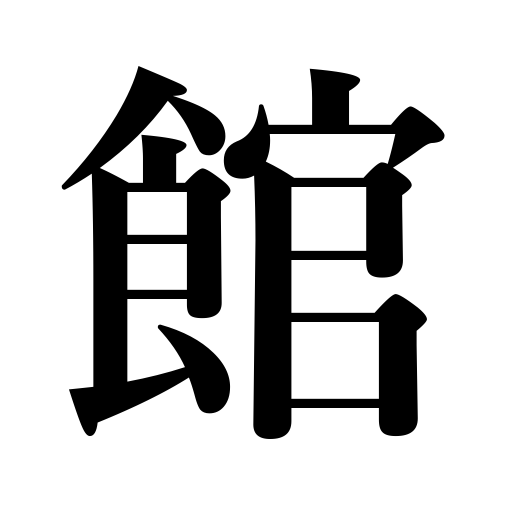
Meanings: temporary residence,large building,hall,mansion